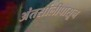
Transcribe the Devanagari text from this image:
अंतर्सालीपासून